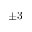
\pm 3